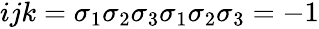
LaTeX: \begin{array}{r}{ijk=\sigma_{1}\sigma_{2}\sigma_{3}\sigma_{1}\sigma_{2}\sigma_{3}=-1}\end{array}